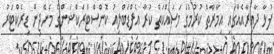
ފުޅާ ދާއިރާއެއްގައި އިމާރާތް ކުރުމުގެ މަސައްކަތް ކުރާ އެފްޑަބްލިއު ކޮންސްޓްރަކްޝަންގެ މެނޭޖިން ޑިރެކްޓަރު